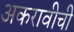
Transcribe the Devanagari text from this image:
अकरावीची